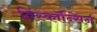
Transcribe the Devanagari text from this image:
विंस्कॉन्सिन